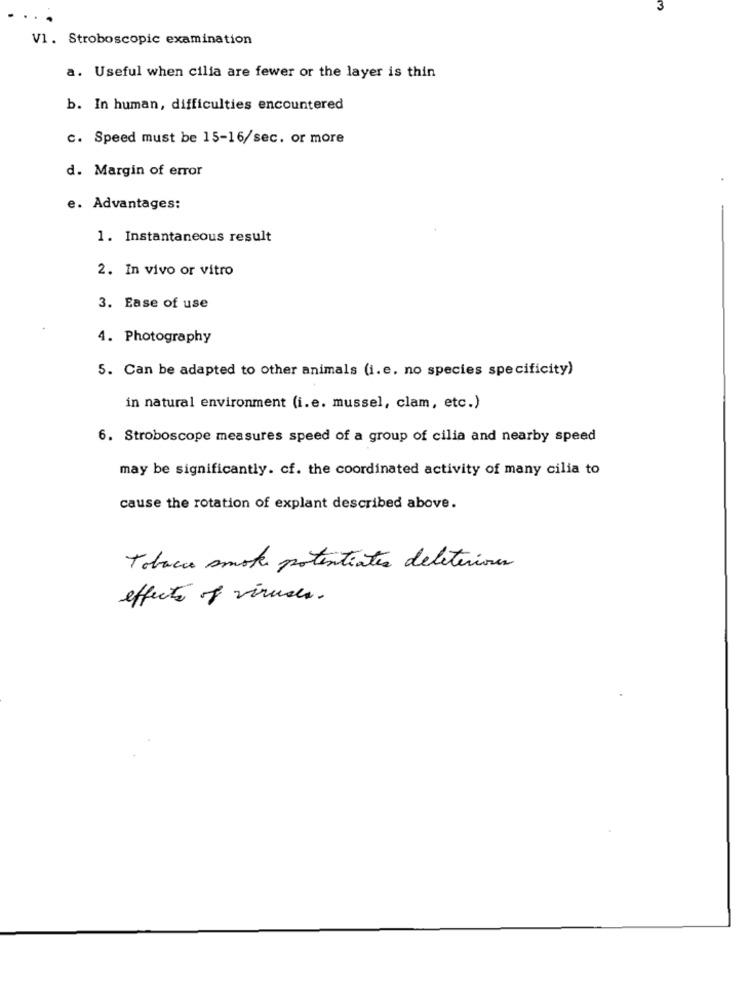
V1. Stroboscopic examination
a. Useful when cilia are fewer or the layer is thin
b. In human, difficulties encountered
c. Speed must be 15-16/sec. or more
d. Margin of error
e. Advantages:
1. Instantaneous result
2. In vivo or vitro
3. Ease of use
4. Photography
5. Can be adapted to other animals (i.e. no species specificity)
in natural environment (i.e. mussel, clam, etc.)
6. Stroboscope measures speed of a group of cilia and nearby speed
may be significantly. cf. the coordinated activity of many cilia to
cause the rotation of explant described above.
Tobacco smote potentiates deleterious
effects of viruses.